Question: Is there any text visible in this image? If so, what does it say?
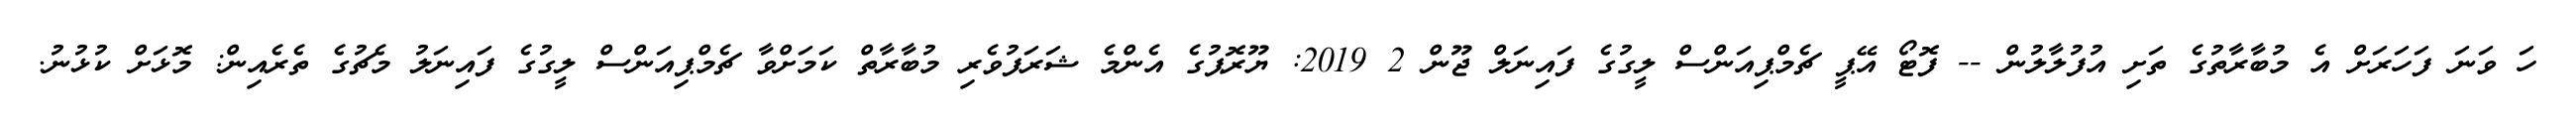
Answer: ހަ ވަނަ ފަހަރަށް އެ މުބާރާތުގެ ތަށި އުފުލާލުން -- ފޮޓޯ އޭޕީ ޗެމްޕިއަންސް ލީގުގެ ފައިނަލް ޖޫން 2 2019: ޔޫރޮޕުގެ އެންމެ ޝަރަފުވެރި މުބާރާތް ކަމަށްވާ ޗެމްޕިއަންސް ލީގުގެ ފައިނަލު މެޗުގެ ތެރެއިން: މޮޅަށް ކުޅުނު.